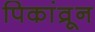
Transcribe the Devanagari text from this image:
पिकांव्रून